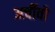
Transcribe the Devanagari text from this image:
अर्चीवो